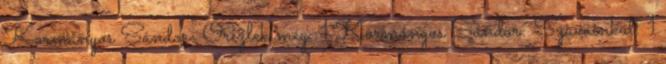
Kormányos Sándor: Őrizlek még. 1 Kormányos Sándor: Szavainkat. 1